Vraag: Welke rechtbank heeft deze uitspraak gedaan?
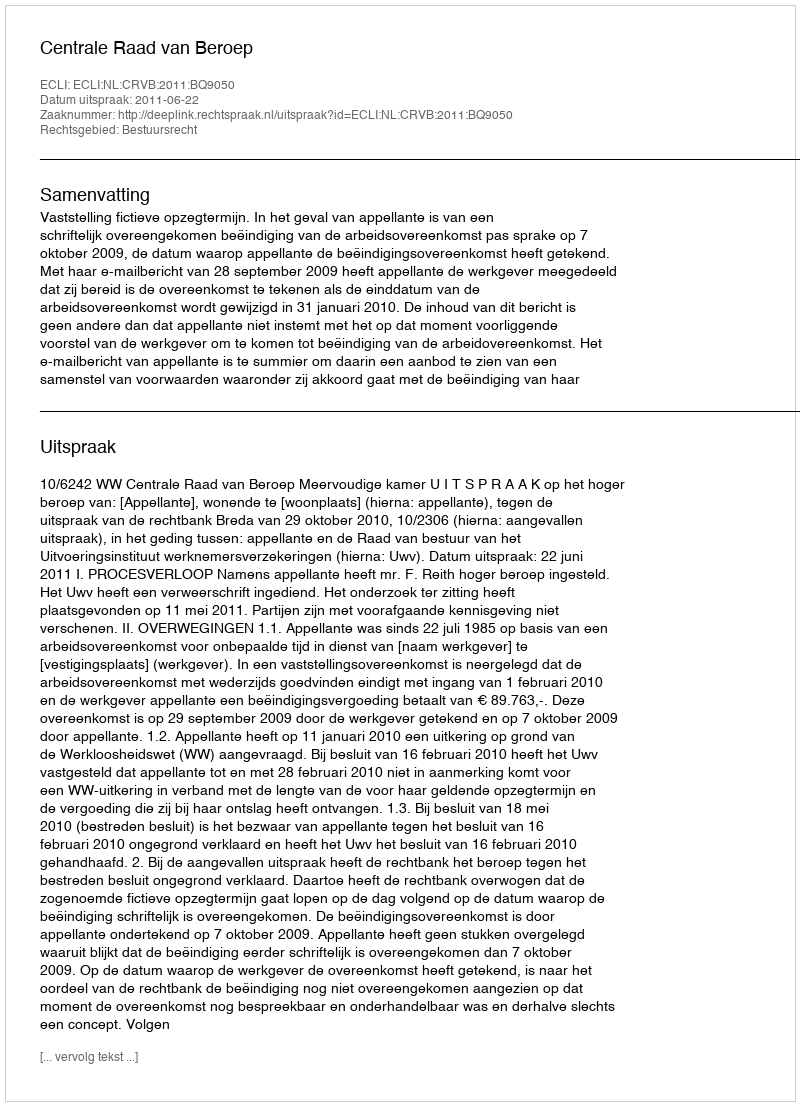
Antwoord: Centrale Raad van Beroep